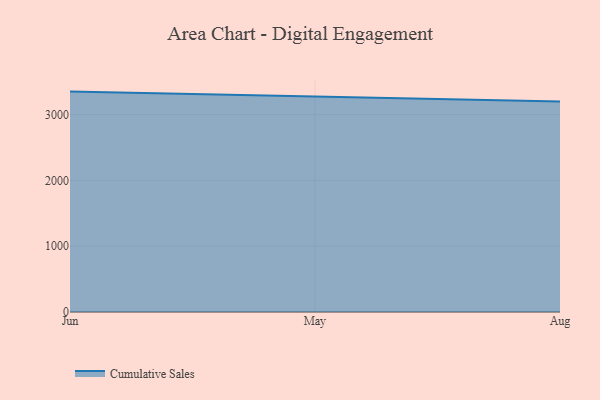
{"axis": {"x": "Month", "y": "Satisfaction Score"}, "legend": ["Cumulative Sales"], "data": [{"x": "Jun", "y": 3348.2, "type": "Cumulative Sales"}, {"x": "May", "y": 3273.1, "type": "Cumulative Sales"}, {"x": "Aug", "y": 3197.4, "type": "Cumulative Sales"}]}